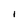
Character: i